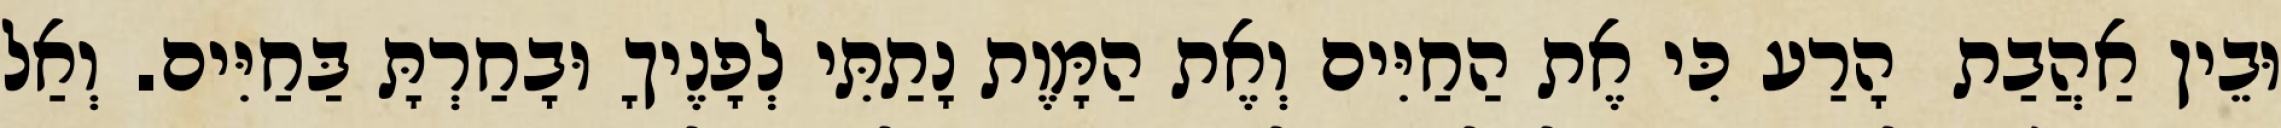
וּבֵין אַהֲבַת  הָרַע כִּי אֶת הַחַיִּים וְאֶת הַמָּוֶת נָתַתִּי לְפָנֶיךָ וּבָחַרְתָּ בַּחַיִּים. וְאַל